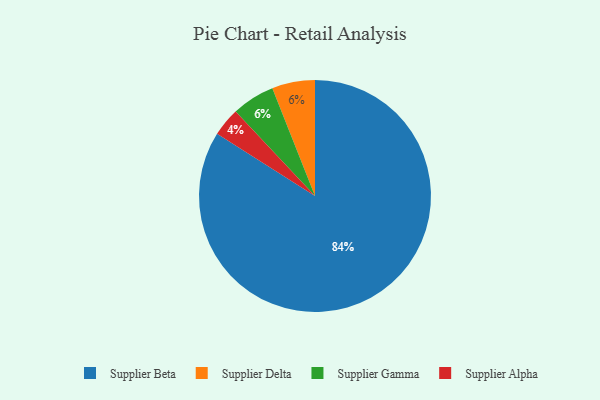
{"axis": {"x": "Category", "y": "Percentage"}, "legend": ["Supplier Alpha", "Supplier Beta", "Supplier Delta", "Supplier Gamma"], "data": [{"x": "Supplier Beta", "y": 84, "type": "Supplier Beta"}, {"x": "Supplier Delta", "y": 6, "type": "Supplier Delta"}, {"x": "Supplier Gamma", "y": 6, "type": "Supplier Gamma"}, {"x": "Supplier Alpha", "y": 4, "type": "Supplier Alpha"}]}